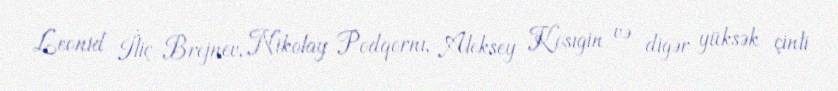
Leonid İliç Brejnev, Nikolay Podqornı, Aleksey Kosıgin və digər yüksək çinli